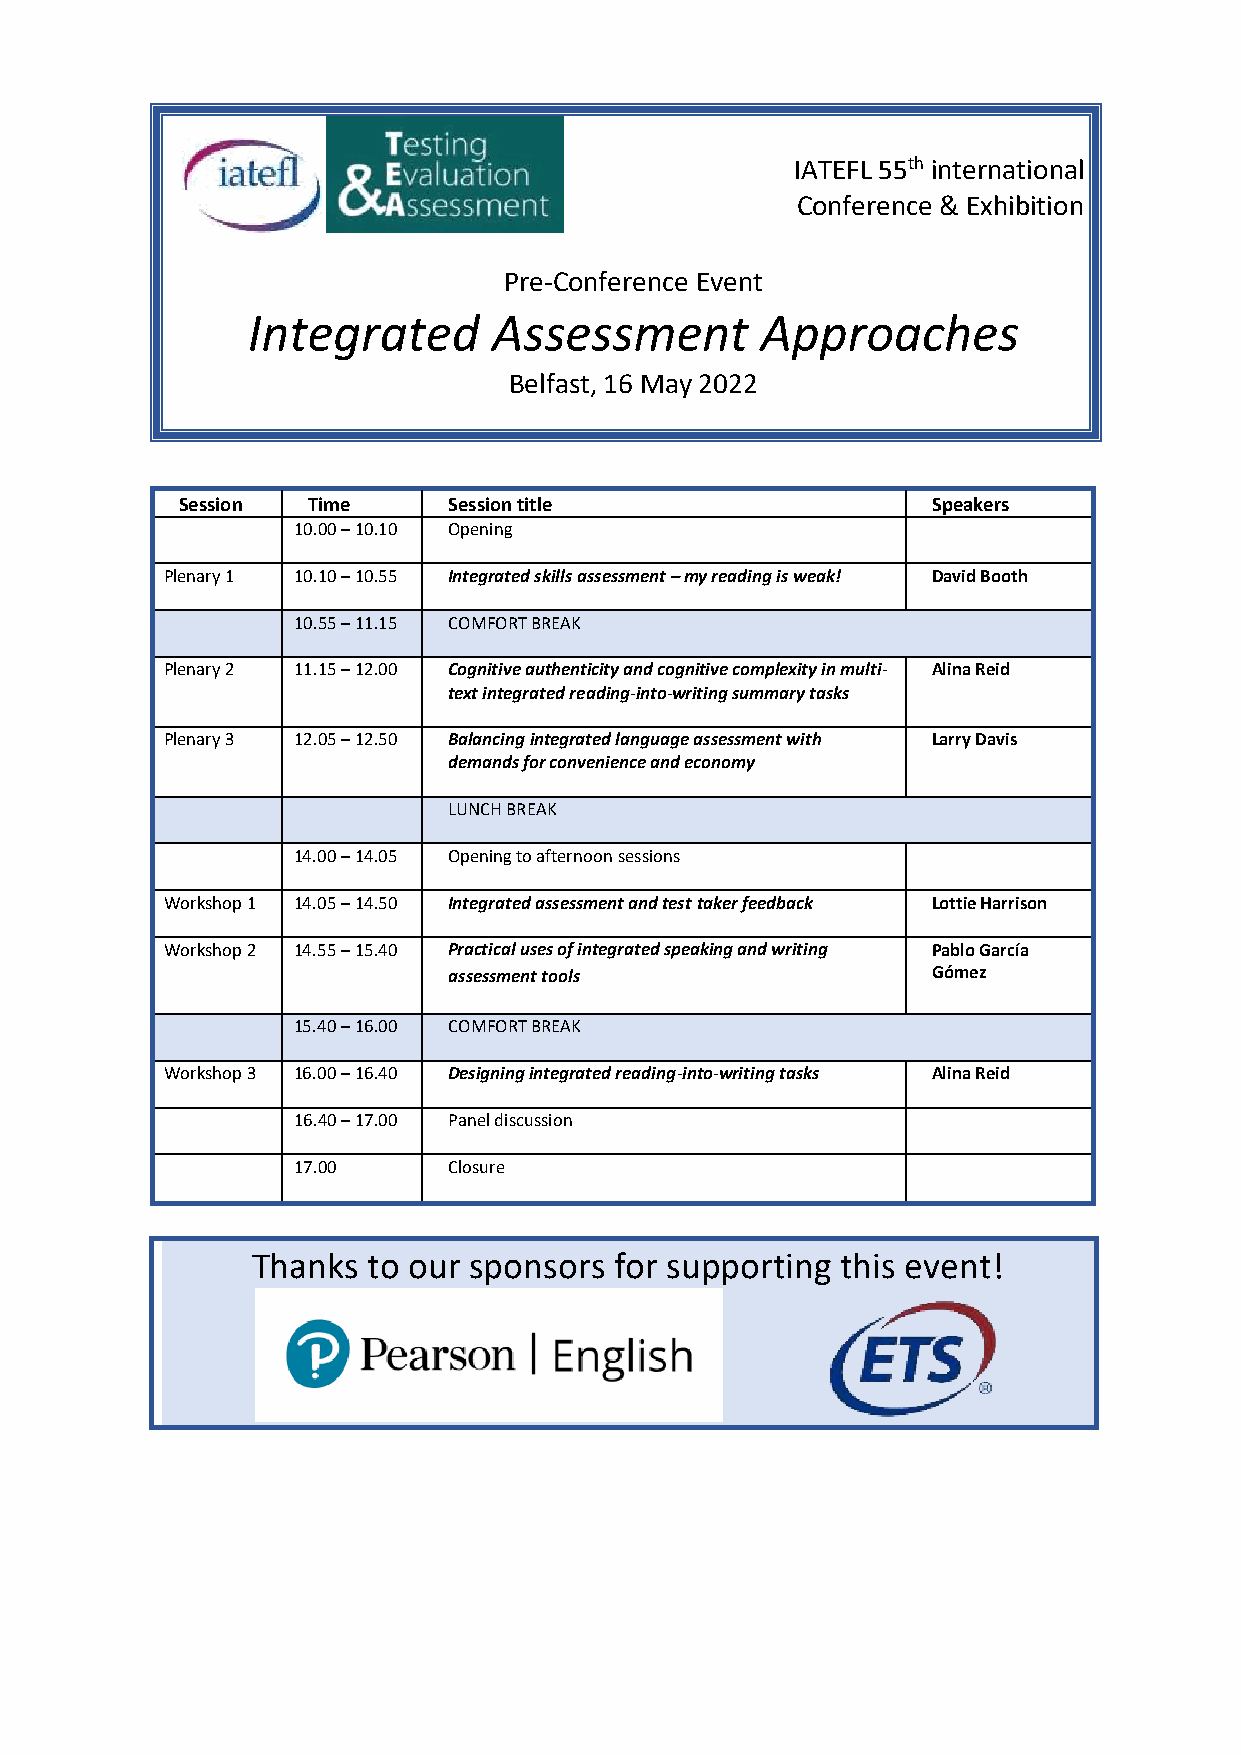
IATEFL 55th international
 Conference & Exhibition
 Pre-Conference Event
 Integrated       Assessment       Approaches
 Belfast, 16 May 2022
 Session Time      Session title                   Speakers
 10.00 – 10.10 Opening
 Plenary 1 10.10 – 10.55 Integrated skills assessment – my reading is weak! David Booth
 10.55 – 11.15 COMFORT BREAK
 Plenary 2 11.15 – 12.00 Cognitive authenticity and cognitive complexity in multi- Alina Reid
 text integrated reading-into-writing summary tasks
 Plenary 3 12.05 – 12.50 Balancing integrated language assessment with Larry Davis
 demands for convenience and economy
 LUNCH BREAK
 14.00 – 14.05 Opening to afternoon sessions
 Workshop 1 14.05 – 14.50 Integrated assessment and test taker feedback Lottie Harrison
 Workshop 2 14.55 – 15.40 Practical uses of integrated speaking and writing Pablo García
 assessment tools                Gómez
 15.40 – 16.00 COMFORT BREAK
 Workshop 3 16.00 – 16.40 Designing integrated reading-into-writing tasks Alina Reid
 16.40 – 17.00 Panel discussion
 17.00      Closure
 Thanks to our sponsors  for supporting this event!